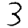
Digit: 3